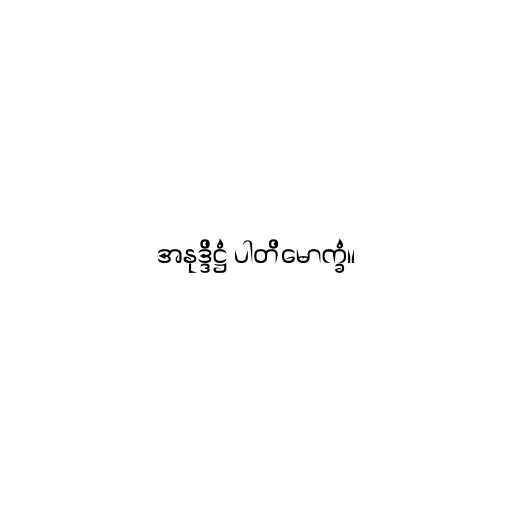
အနုဒ္ဒိဋ္ဌံ ပါတိမောက္ခံ။